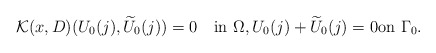
\begin{align*}\mathcal K(x,D)(U_{0}(j),\widetilde U_{0}(j))=0\quad\mbox{in}\,\,\Omega,U_{0}(j)+\widetilde U_{0}(j)=0\mbox{on}\,\,\Gamma_0.\end{align*}